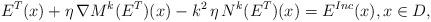
LaTeX: \begin{align*}E^T(x) + \eta \, \nabla M^k(E^T)(x) - k^2 \, \eta \, N^{k}(E^T)(x) = E^{Inc}(x),x\in D,\end{align*}